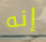
إنه